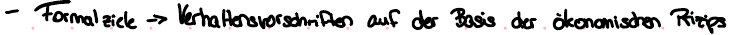
- Formalziele -> Verhaltensvorschriften auf der Basis der ökonomischen Prinzips